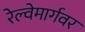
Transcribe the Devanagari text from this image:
रेल्वेमार्गवर